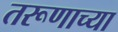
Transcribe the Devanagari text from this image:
तरूणाच्या